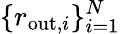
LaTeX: \{ r_{\mathrm{out},i}\} _{i=1}^{N}